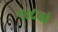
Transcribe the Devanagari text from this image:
१४८वां